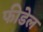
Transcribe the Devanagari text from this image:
फीडेल